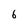
Character: 6